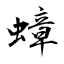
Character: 蟑